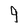
Character: 9